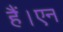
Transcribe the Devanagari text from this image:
हैं।एन